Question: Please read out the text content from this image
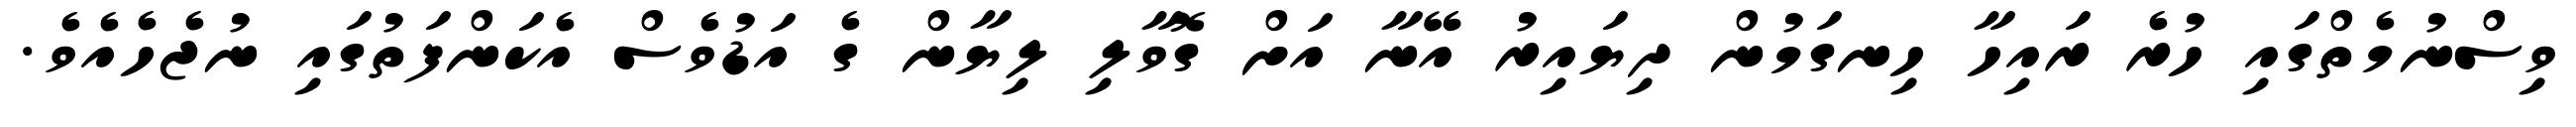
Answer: ވިސްނުމެތްގައި ހުރެ ރައިހާ ހިނގަމުން ދިޔައިރު އޭނާ އަށް ގޮވާލި ލިޔާން ގެ އަޑުވެސް އެކަންފަތުގައި ނުޖެހެއެވެ.